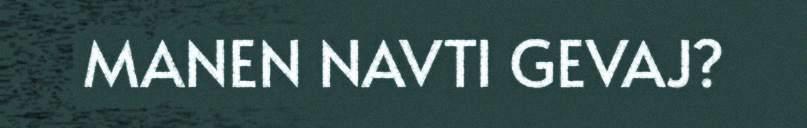
MANEN NAVTI GEVAJ?